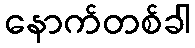
နောက်တစ်ခါ